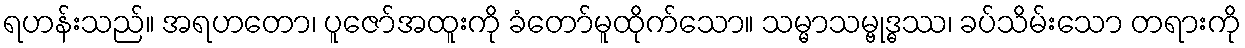
ရဟန်းသည်။ အရဟတော၊ ပူဇော်အထူးကို ခံတော်မူထိုက်သော။ သမ္မာသမ္ဗုဒ္ဓဿ၊ ခပ်သိမ်းသော တရားကို